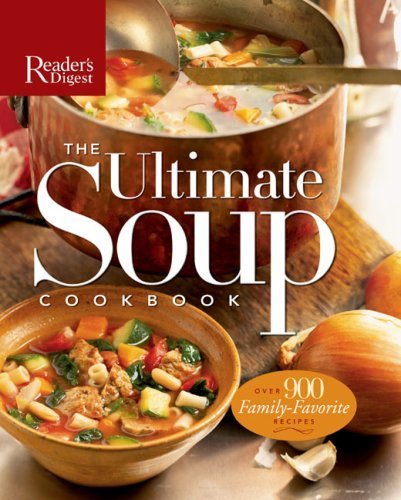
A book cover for The Ultimate Soup Cookbook; Reader's Digest; Cookbooks, Food & Wine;